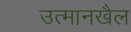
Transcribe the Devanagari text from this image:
उत्मानखैल